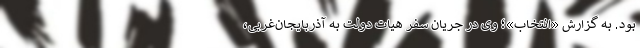
بود. به گزارش «انتخاب»؛ وی در جریان سفر هیات دولت به آذربایجان‌غربی،